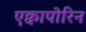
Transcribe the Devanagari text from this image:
एक्वापोरिन